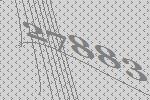
27883